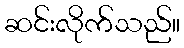
ဆင်းလိုက်သည်။